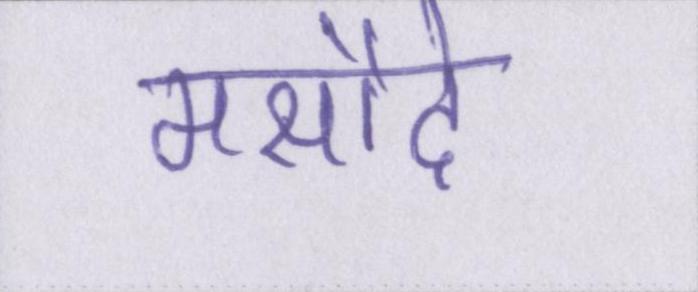
मसौदे